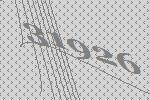
31926